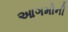
આગમોની